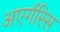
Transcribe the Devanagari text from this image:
अएर्गरिस